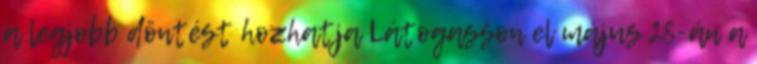
a legjobb döntést hozhatja Látogasson el május 28-án a